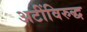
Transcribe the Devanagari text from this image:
अटींविरुद्ध